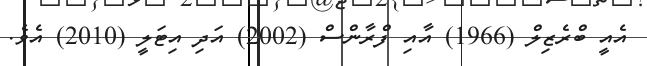
އެއީ ބްރެޒިލް (1966) އާއި ފްރާންސް (2002) އަދި އިޓަލީ (2010) އެވެ.